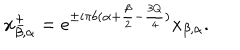
LaTeX: x _ { \beta , \alpha } ^ { \pm } = e ^ { \pm i \pi b ( \alpha + \frac { \beta } { 2 } - \frac { 3 Q } { 4 } ) } x _ { \beta , \alpha } .